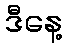
ဒီနေ့